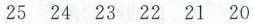
25 24 23 22 21 20